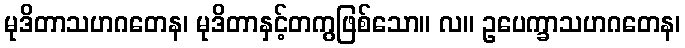
မုဒိတာသဟဂတေန၊ မုဒိတာနှင့်တကွဖြစ်သော။ လ။ ဥပေက္ခာသဟဂတေန၊